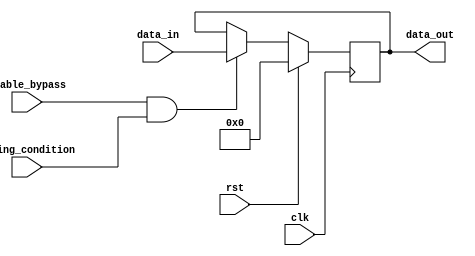
module simple_bypass_reg (
    input wire clk,
    input wire rst,
    input wire enable_bypass,
    input wire timing_condition,
    input wire [7:0] data_in,
    output reg [7:0] data_out
);

reg [7:0] reg_data;

always @(posedge clk) begin
    if (rst) begin
        reg_data <= 8'b0;
    end else begin
        if (enable_bypass && timing_condition) begin
            reg_data <= data_in;
        end else begin
            reg_data <= reg_data;
        end
    end
end

assign data_out = reg_data;

endmodule